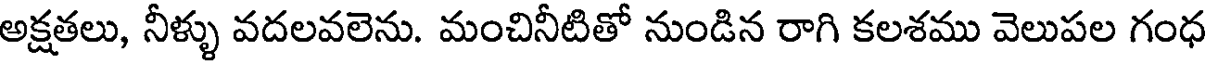
అక్షతలు, నీళ్ళు వదలవలెను. మంచినీటితో నుండిన రాగి కలశము వెలుపల గంధ